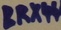
Text: BRX44